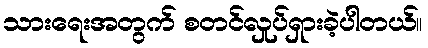
သားရေးအတွက် စတင်လှုပ်ရှားခဲ့ပါတယ်။